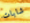
شابات